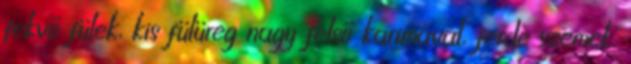
fekvő fülek, kis fülüreg nagy felső karimával, ferde szemek,